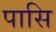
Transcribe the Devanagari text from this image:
पासि